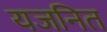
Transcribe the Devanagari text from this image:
यजनित